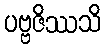
ပဗ္ဗဇိဿသိ